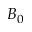
B _ { 0 }